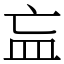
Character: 𥁃